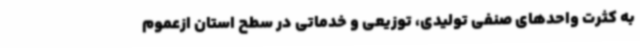
به کثرت واحدهای صنفی تولیدی، توزیعی و خدماتی در سطح استان ازعموم